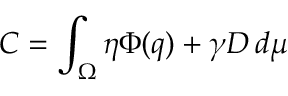
C = \int _ { \Omega } \eta \Phi ( q ) + \gamma D \, d \mu